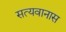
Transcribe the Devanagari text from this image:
सत्यवानास